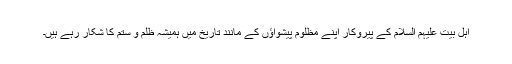
اہل بیت علیہم السلام کے پیروکار اپنے مظلوم پیشواؤں کے مانند تاریخ میں ہمیشہ ظلم و ستم کا شکار رہے ہیں۔